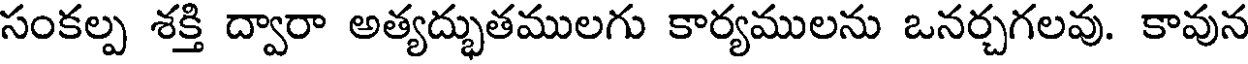
సంకల్ప శక్తి ద్వారా అత్యద్భుతములగు కార్యములను ఒనర్చగలవు. కావున